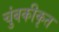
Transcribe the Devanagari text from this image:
चुंबकीकृत